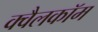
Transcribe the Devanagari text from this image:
क्वैलकॉम